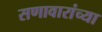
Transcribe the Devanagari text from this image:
सणावारांच्या